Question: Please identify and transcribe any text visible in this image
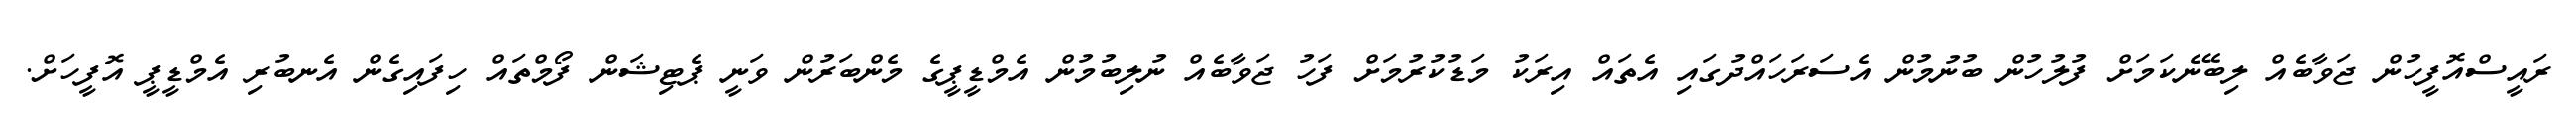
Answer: ރައީސްއޮފީހުން ޖަވާބެއް ލިބޭނެކަމަށް ފުލުހުން ބުނުމުން އެސަރަހައްދުގައި އެތައް އިރަކު މަޑުކުރުމަށް ފަހު ޖަވާބެއް ނުލިބުމުން އެމްޑީޕީގެ މެންބަރުން ވަނީ ޕެޓިޝަން ފޯމްތައް ހިފައިގެން އެނބުރި އެމްޑީޕީ އޮފީހަށް.